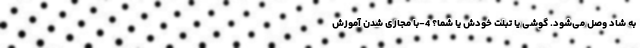
به شاد وصل می‌‌شود. گوشی یا تبلت خودش یا شما؟ 4-با مجازی شدن آموزش